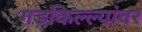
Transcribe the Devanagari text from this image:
गडकिल्ल्यांवर